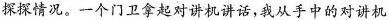
探探情况。一个门卫拿起对讲机讲话，我从手中的对讲机